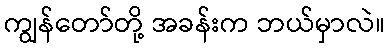
ကျွန်တော်တို့ အခန်းက ဘယ်မှာလဲ။